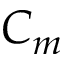
C _ { m }